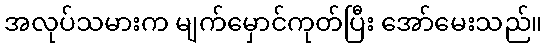
အလုပ်သမားက မျက်မှောင်ကုတ်ပြီး အော်မေးသည်။